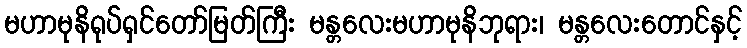
မဟာမုနိရုပ်ရှင်တော်မြတ်ကြီး မန္တလေးမဟာမုနိဘုရား၊ မန္တလေးတောင်နှင့်